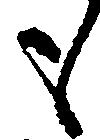
も